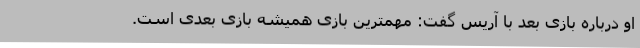
او درباره بازی بعد با آریس گفت: مهمترین بازی همیشه بازی بعدی است.